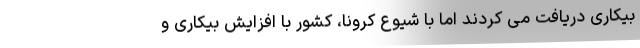
بیکاری دریافت می کردند اما با شیوع کرونا، کشور با افزایش بیکاری و